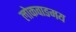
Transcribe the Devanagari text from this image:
लोकवाङमय